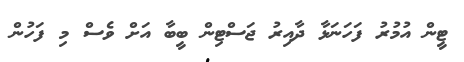
ޓީން އުމުރު ފަހަނަޅާ ދާއިރު ޖަސްޓިން ބީބާ އަށް ވެސް މި ފަހުން